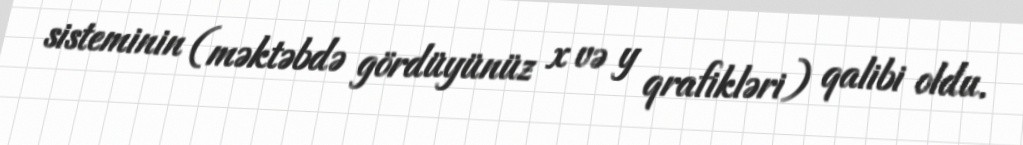
sisteminin (məktəbdə gördüyünüz x və y qrafikləri) qalibi oldu.